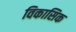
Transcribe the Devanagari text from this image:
विकासिक